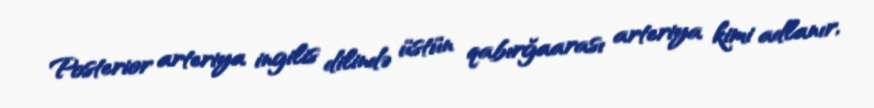
Posterior arteriya ingilis dilində üstün qabırğaarası arteriya kimi adlanır,